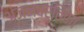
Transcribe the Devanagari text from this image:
अंजनवर्तिका